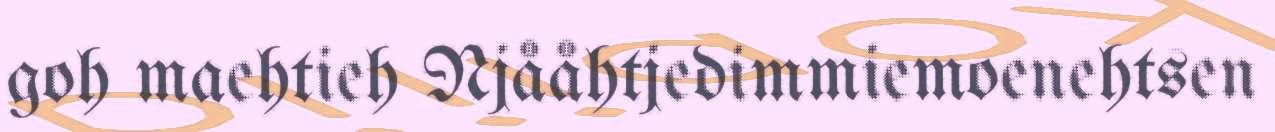
goh maehtieh Njååhtjedimmiemoenehtsen